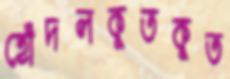
হোঁদলকুতকুত